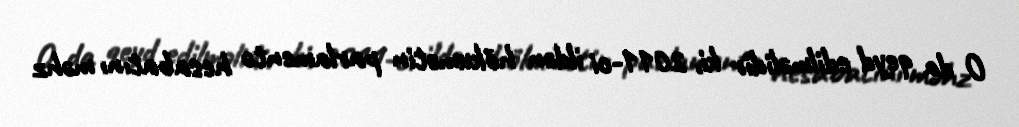
O da qeyd edilməlidir ki, 2011-ci ildən hökumətin parlamentə hesabatını məhz